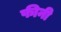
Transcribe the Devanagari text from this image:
फीनी